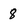
Character: 8